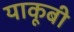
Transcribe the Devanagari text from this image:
याकूबी